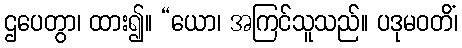
ဌပေတွာ၊ ထား၍။ “ယော၊ အကြင်သူသည်။ ပဒုမဝတိံ၊